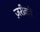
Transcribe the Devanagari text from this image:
ज़रीको